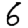
Digit: 6